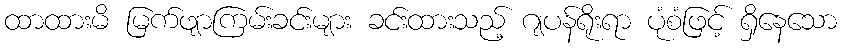
ထာထားမိ မြက်ဖျာကြမ်းခင်းများ ခင်းထားသည့် ဂျပန်ရိုးရာ ပုံစံဖြင့် ရှိနေသော